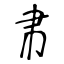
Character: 帇